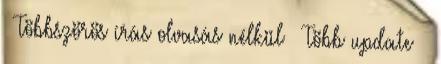
● Többszörös írás olvasás nélkül – Több update –